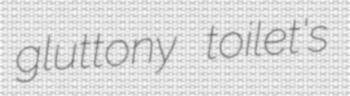
gluttony toilet's